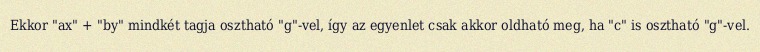
Ekkor "ax" + "by" mindkét tagja osztható "g"-vel, így az egyenlet csak akkor oldható meg, ha "c" is osztható "g"-vel.